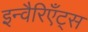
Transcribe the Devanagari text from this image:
इन्वैरिएँट्स